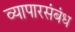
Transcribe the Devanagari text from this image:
व्यापारसंबंध